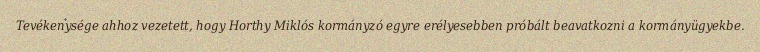
Tevékenysége ahhoz vezetett, hogy Horthy Miklós kormányzó egyre erélyesebben próbált beavatkozni a kormányügyekbe.